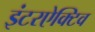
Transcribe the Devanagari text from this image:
इंटरऐक्टिव